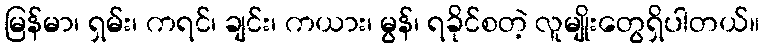
မြန်မာ၊ ရှမ်း၊ ကရင်၊ ချင်း၊ ကယား၊ မွန်၊ ရခိုင်စတဲ့ လူမျိုးတွေရှိပါတယ်။